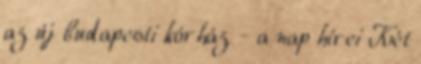
az új budapesti kórház - a nap hírei Két